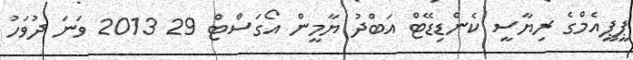
ޕީޕީއެމްގެ ރިޔާސީ ކެންޑިޑޭޓް އަބްދު ޔާމީން އޯގަސްޓް 29 2013 ވަނަ ދުވަހު